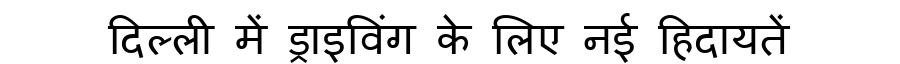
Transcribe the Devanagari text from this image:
दिल्ली में ड्राइविंग के लिए नई हिदायतें